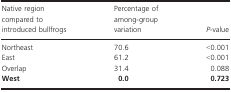
<table><thead><tr><td><b>Native region compared to introduced bullfrogs</b></td><td><b>Percentage of among‐group variation</b></td><td><b><i>P</i>‐value</b></td></tr></thead><tbody><tr><td>Northeast</td><td>70.6</td><td>&lt;0.001</td></tr><tr><td>East</td><td>61.2</td><td>&lt;0.001</td></tr><tr><td>Overlap</td><td>31.4</td><td>0.088</td></tr><tr><td><b>West</b></td><td><b>0.0</b></td><td><b>0.723</b></td></tr></tbody></table>